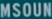
MSOUN